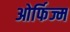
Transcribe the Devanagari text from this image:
ओर्फिज्म